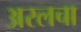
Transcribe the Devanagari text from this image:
अरलचा